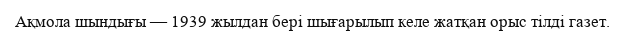
Ақмола шындығы — 1939 жылдан бері шығарылып келе жатқан орыс тілді газет.